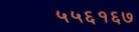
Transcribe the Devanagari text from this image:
५५६१६७